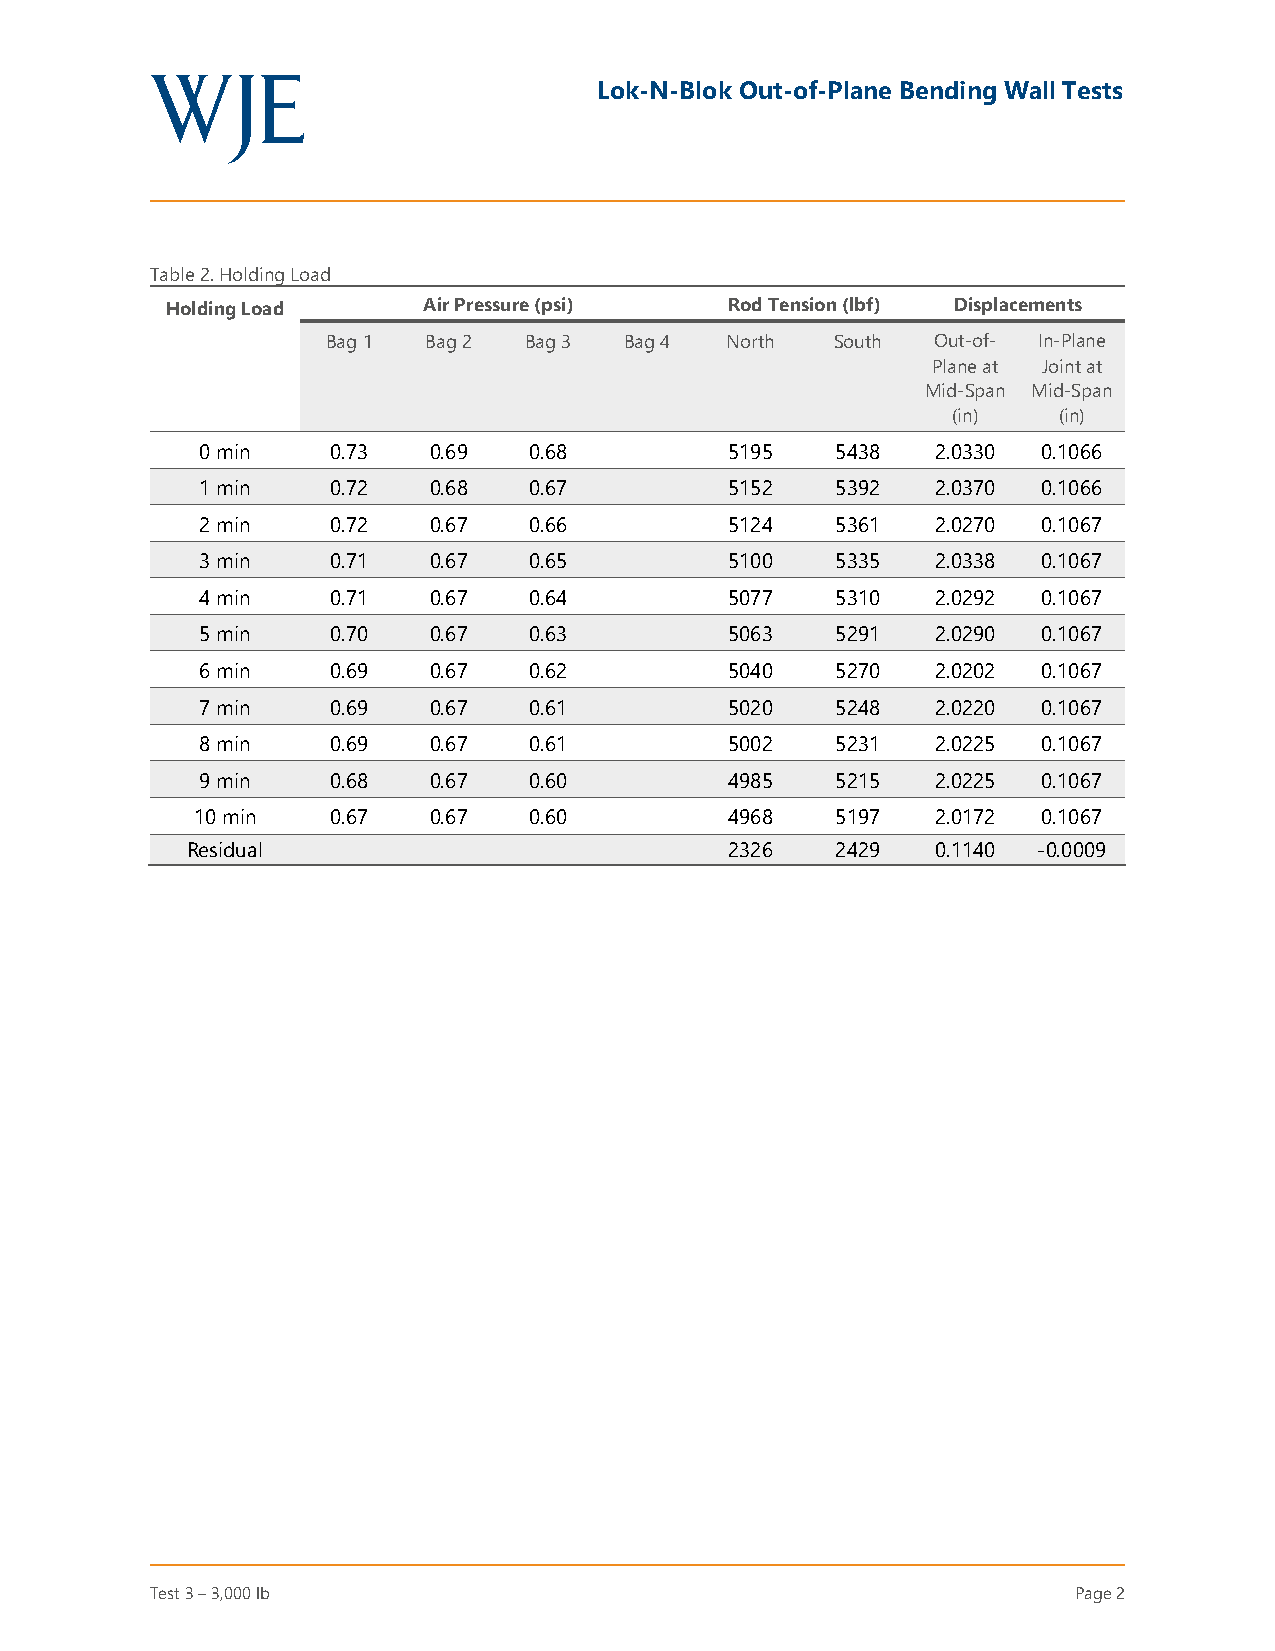
Lok-N-Blok Out-of-Plane Bending Wall Tests
 Table 2. Holding Load
 Holding Load     Air Pressure (psi)  Rod Tension (lbf) Displacements
 Bag 1 Bag 2  Bag 3 Bag 4  North  South  Out-of- In-Plane
 Plane at Joint at
 Mid-Span Mid-Span
 (in)   (in)
 0 min    0.73  0.69   0.68         5195   5438   2.0330 0.1066
 1 min    0.72  0.68   0.67         5152   5392   2.0370 0.1066
 2 min    0.72  0.67   0.66         5124   5361   2.0270 0.1067
 3 min    0.71  0.67   0.65         5100   5335   2.0338 0.1067
 4 min    0.71  0.67   0.64         5077   5310   2.0292 0.1067
 5 min    0.70  0.67   0.63         5063   5291   2.0290 0.1067
 6 min    0.69  0.67   0.62         5040   5270   2.0202 0.1067
 7 min    0.69  0.67   0.61         5020   5248   2.0220 0.1067
 8 min    0.69  0.67   0.61         5002   5231   2.0225 0.1067
 9 min    0.68  0.67   0.60         4985   5215   2.0225 0.1067
 10 min   0.67  0.67   0.60         4968   5197   2.0172 0.1067
 Residual                            2326   2429   0.1140 -0.0009
 Test 3 – 3,000 lb                                            Page 2